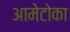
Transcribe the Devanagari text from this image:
आमेटोका